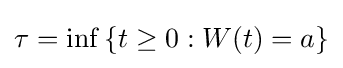
\tau =\inf \left\{t\geq 0:W(t)=a\right\}